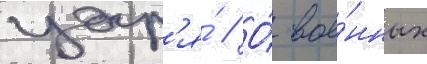
цар'я́ // О́ вое́нных